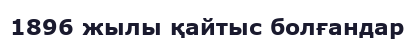
1896 жылы қайтыс болғандар